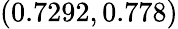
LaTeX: (0.7292,0.778)